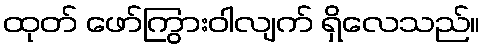
ထုတ် ဖော်ကြွားဝါလျက် ရှိလေသည်။